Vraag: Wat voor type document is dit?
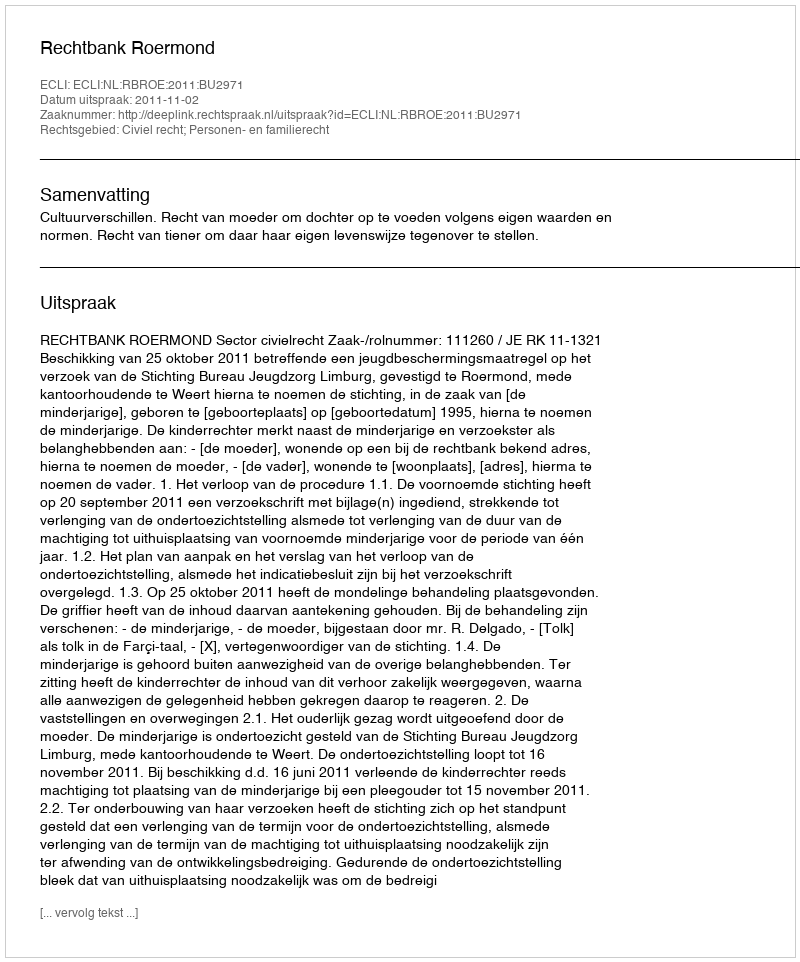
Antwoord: Uitspraak